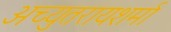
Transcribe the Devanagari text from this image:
अच्युतरायशर्मा